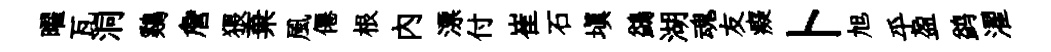
曜瓦洞鷄詹猥棄風僊根内漂付崔石塡鷁湖魂友癡卜旭乎盈鹢濯